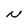
Character: N